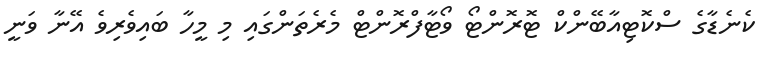
ކެނެޑާގެ ސްކޮޓިއާބޭންކް ޓޮރޮންޓޯ ވޯޓާފްރޮންޓް މެރެތަންގައި މި މީހާ ބައިވެރިވެ އޭނާ ވަނީ